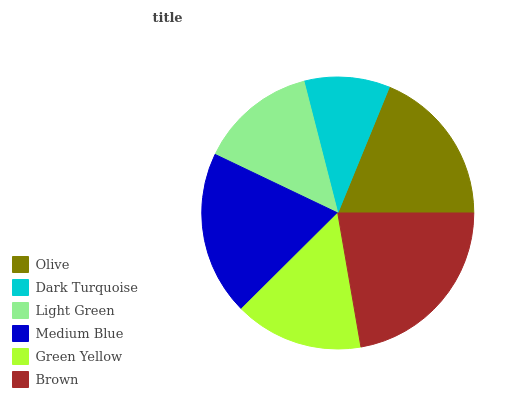
| Olive | Dark Turquoise | Light Green | Medium Blue | Green Yellow | Brown |
 | --- | --- | --- | --- | --- | --- |
 | 18.8% | 10.2% | 13.9% | 19.6% | 15.3% | 22.3% |